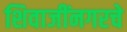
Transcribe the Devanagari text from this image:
शिवाजींनगरचे